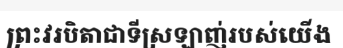
ព្រះវរបិតាជាទីស្រឡាញ់របស់យើង